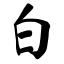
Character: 白